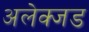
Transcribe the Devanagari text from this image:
अलेक्जड